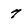
Character: 7